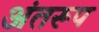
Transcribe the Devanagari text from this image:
अंतरूप